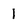
Character: 1